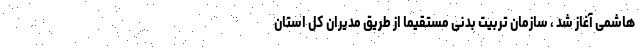
هاشمی آغاز شد ، سازمان تربیت بدنی مستقیما از طریق مدیران کل استان